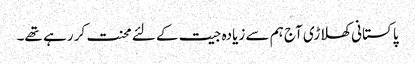
پاکستانی کھلاڑی آج ہم سے زیادہ جیت کے لئے محنت کر رہے تھے۔